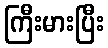
ကြီးမားပြီး